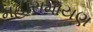
મહારામાયણ